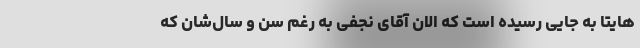
هایتاً به جایی رسیده است که الان آقای نجفی به رغم سن و سال‌شان که